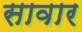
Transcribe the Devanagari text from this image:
सावार